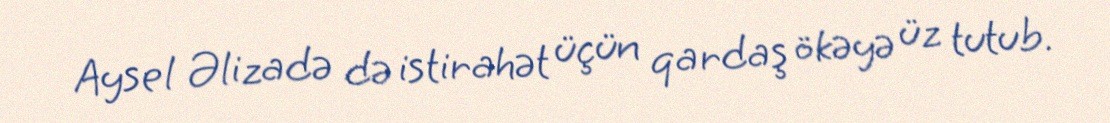
Aysel Əlizadə də istirahət üçün qardaş ökəyə üz tutub.